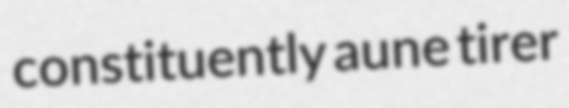
constituently aune tirer